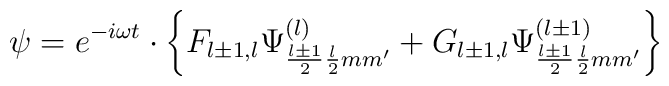
\psi=e^{-i\omega t}\cdot\left\{       F_{l\pm 1,l}\Psi^{(l)}_{\frac{l\pm 1}{2}\frac{l}{2}mm'}       +G_{l\pm 1,l}\Psi^{(l\pm 1)}_{\frac{l\pm 1}{2}\frac{l}{2}mm'} \right\}